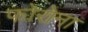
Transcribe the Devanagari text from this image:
फोरोना